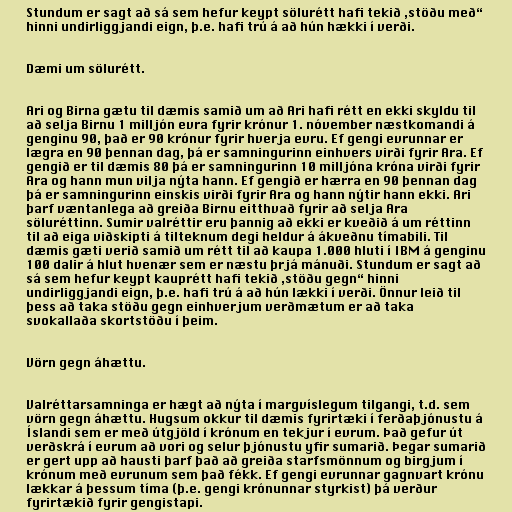
Stundum er sagt að sá sem hefur keypt sölurétt hafi tekið ,stöðu með“
hinni undirliggjandi eign, þ.e. hafi trú á að hún hækki í verði.

Dæmi um sölurétt.

Ari og Birna gætu til dæmis samið um að Ari hafi rétt en ekki skyldu til
að selja Birnu 1 milljón evra fyrir krónur 1. nóvember næstkomandi á
genginu 90, það er 90 krónur fyrir hverja evru. Ef gengi evrunnar er
lægra en 90 þennan dag, þá er samningurinn einhvers virði fyrir Ara. Ef
gengið er til dæmis 80 þá er samningurinn 10 milljóna króna virði fyrir
Ara og hann mun vilja nýta hann. Ef gengið er hærra en 90 þennan dag
þá er samningurinn einskis virði fyrir Ara og hann nýtir hann ekki. Ari
þarf væntanlega að greiða Birnu eitthvað fyrir að selja Ara
söluréttinn. Sumir valréttir eru þannig að ekki er kveðið á um réttinn
til að eiga viðskipti á tilteknum degi heldur á ákveðnu tímabili. Til
dæmis gæti verið samið um rétt til að kaupa 1.000 hluti í IBM á genginu
100 dalir á hlut hvenær sem er næstu þrjá mánuði. Stundum er sagt að
sá sem hefur keypt kauprétt hafi tekið ,stöðu gegn“ hinni
undirliggjandi eign, þ.e. hafi trú á að hún lækki í verði. Önnur leið til
þess að taka stöðu gegn einhverjum verðmætum er að taka
svokallaða skortstöðu í þeim.

Vörn gegn áhættu.

Valréttarsamninga er hægt að nýta í margvíslegum tilgangi, t.d. sem
vörn gegn áhættu. Hugsum okkur til dæmis fyrirtæki í ferðaþjónustu á
Íslandi sem er með útgjöld í krónum en tekjur í evrum. Það gefur út
verðskrá í evrum að vori og selur þjónustu yfir sumarið. Þegar sumarið
er gert upp að hausti þarf það að greiða starfsmönnum og birgjum í
krónum með evrunum sem það fékk. Ef gengi evrunnar gagnvart krónu
lækkar á þessum tíma (þ.e. gengi krónunnar styrkist) þá verður
fyrirtækið fyrir gengistapi.